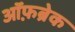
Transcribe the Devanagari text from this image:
ऑफ़ब्रेक